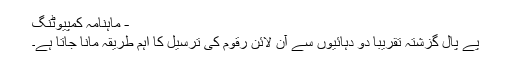
- ماہنامہ کمپیوٹنگ
پے پال گزشتہ تقریباً دو دہائیوں سے آن لائن رقوم کی ترسیل کا اہم طریقہ مانا جاتا ہے۔